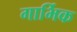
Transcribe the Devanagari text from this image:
गार्भिक